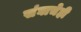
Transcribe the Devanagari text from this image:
संघाचेही